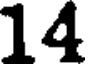
14